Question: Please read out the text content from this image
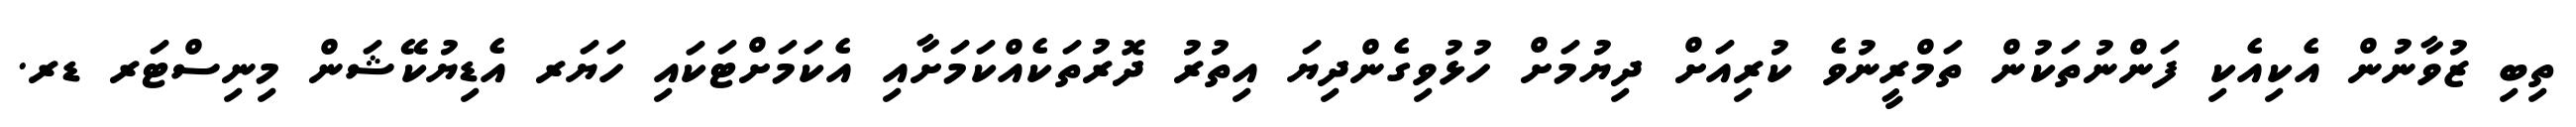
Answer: ތިބި ޒުވާނުން އެކިއެކި ފަންނުތަކުން ތަމްރީނުވެ ކުރިއަށް ދިޔުމަށް ހުޅުވިގެންދިޔަ އިތުރު ދޮރުތަކެއްކަމަށާއި އެކަމަށްޓަކައި ހަޔަރ އެޑިޔުކޭޝަން މިނިސްޓަރ ޑރ.